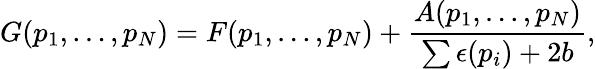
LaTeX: G(p_{1},\ldots,p_{N})=F(p_{1},\ldots,p_{N})+{\frac{A(p_{1},\ldots,p_{N})}{\sum\epsilon(p_{i})+2b}},